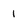
Character: 1